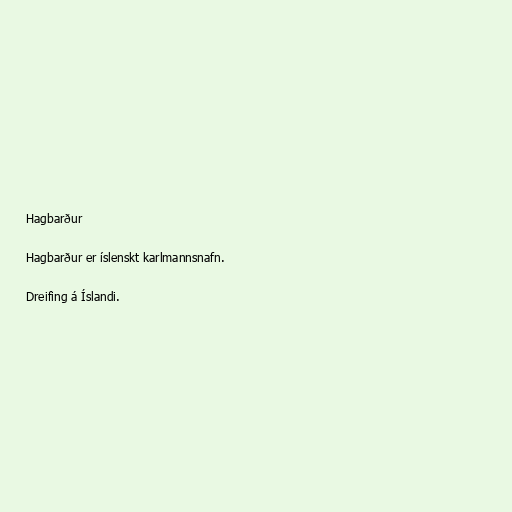
Hagbarður

Hagbarður er íslenskt karlmannsnafn.

Dreifing á Íslandi.